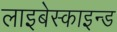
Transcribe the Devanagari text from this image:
लाइबेस्काइन्ड